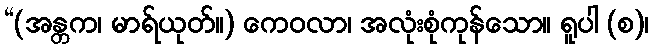
“(အန္တက၊ မာရ်ယုတ်။) ကေဝလာ၊ အလုံးစုံကုန်သော။ ရူပါ (စ)၊